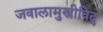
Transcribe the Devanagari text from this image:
जवालामुखीविद्